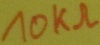
Text: 10KΩ